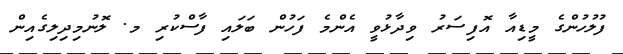
ފުލުހުންގެ މީޑިއާ އޮފިސަރު ވިދާޅުވީ އެންމެ ފަހުން ބަލައި ފާސްކުރި މ. ލޮނުމިދިލިގެއިން